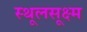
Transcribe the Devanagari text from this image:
स्थूलसूक्ष्म